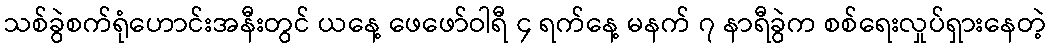
သစ်ခွဲစက်ရုံဟောင်းအနီးတွင် ယနေ့ ဖေဖော်ဝါရီ ၄ ရက်နေ့ မနက် ၇ နာရီခွဲက စစ်ရေးလှုပ်ရှားနေတဲ့